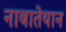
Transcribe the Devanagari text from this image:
नाबातेयान